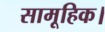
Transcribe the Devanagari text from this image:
सामूहिक।